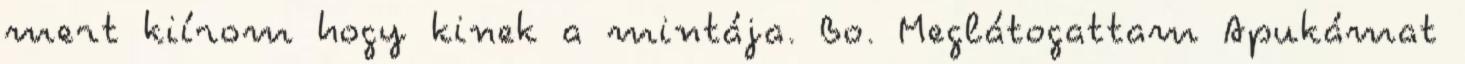
mert kiírom hogy kinek a mintája. Bo. Meglátogattam Apukámat